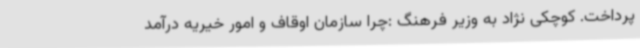
پرداخت. کوچکی نژاد به وزیر فرهنگ :چرا سازمان اوقاف و امور خیریه درآمد